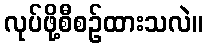
လုပ်ဖို့စီစဉ်ထားသလဲ။